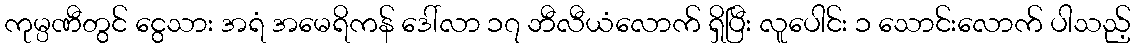
ကုမ္ပဏီတွင် ငွေသား အရံ အမေရိကန် ဒေါ်လာ ၁၇ ဘီလီယံလောက် ရှိပြီး လူပေါင်း ၁ သောင်းလောက် ပါသည့်